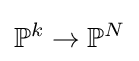
\mathbb {P} ^{k}\to \mathbb {P} ^{N}